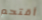
أقتحم